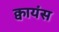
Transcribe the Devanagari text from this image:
क्वायंस